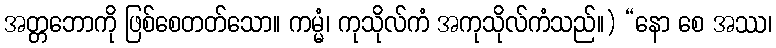
အတ္တဘောကို ဖြစ်စေတတ်သော။ ကမ္မံ၊ ကုသိုလ်ကံ အကုသိုလ်ကံသည်။) “နော စေ အဿ၊